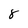
Character: 8